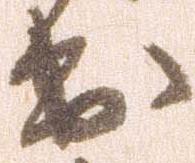
出